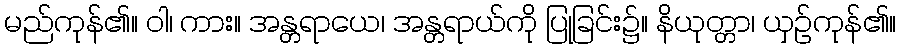
မည်ကုန်၏။ ဝါ၊ ကား။ အန္တရာယေ၊ အန္တရာယ်ကို ပြုခြင်း၌။ နိယုတ္တာ၊ ယှဉ်ကုန်၏။